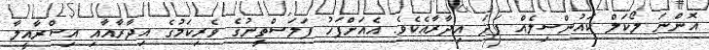
އޮންނަ ލޯކަލް ކައުންސިލެއް ފަދަ އިދާރާއެކެވެ. އެއަށްފަހު ފަލަސްތީނުގެ ވެރިކަމުގެ އިދާރާއާއި އިސްރާއީލާ